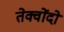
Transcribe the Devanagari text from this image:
तेक्वोंदो